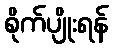
စိုက်ပျိုးရန်